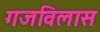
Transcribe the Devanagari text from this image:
गजविलास